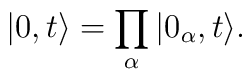
\vert 0 , t \rangle = \prod_{\alpha} \vert 0_{\alpha},t \rangle.